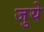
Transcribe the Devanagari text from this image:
जुये